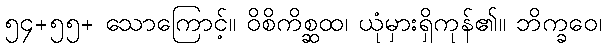
၅၄+၅၅+ သောကြောင့်။ ဝိစိကိစ္ဆထ၊ ယုံမှားရှိကုန်၏။ ဘိက္ခဝေ၊